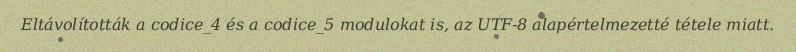
Eltávolították a codice_4 és a codice_5 modulokat is, az UTF-8 alapértelmezetté tétele miatt.